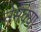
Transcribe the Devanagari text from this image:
नेमक्‍या